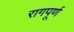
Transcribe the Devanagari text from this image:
रागपूर्ण